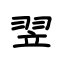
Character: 翌